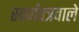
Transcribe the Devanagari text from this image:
स्वर्णंपत्रवाले